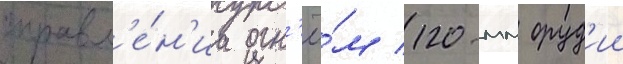
управл'е́н'иа огн'ё́м 120-мм оруд'ии